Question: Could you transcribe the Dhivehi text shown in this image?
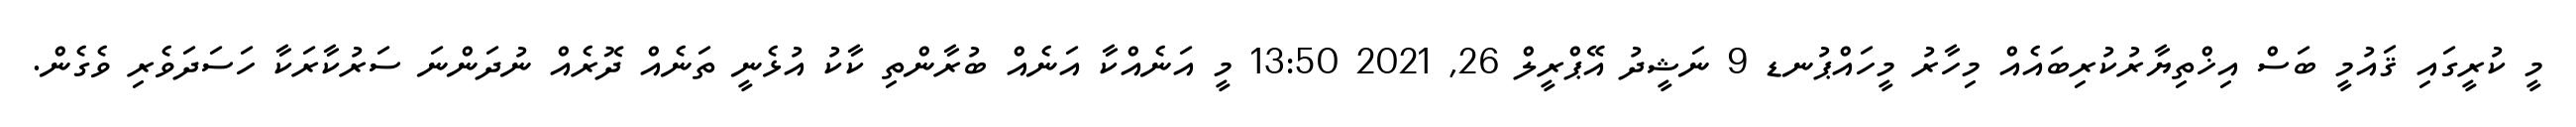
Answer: މީ ކުރީގައި ޤައުމީ ބަސް އިޚްތިޔާރުކުރިބައެއް މިހާރު މީހައްޕުނޑ 9 ނަޝީދު އޭޕްރީލް 26, 2021 13:50 މީ އަނެއްކާ އަނެއް ބުރާންތި ކާކު އުޅެނީ ތަނެއް ދޮރެއް ނުދަންނަ ސަރުކާރަކާ ހަސަދަވެރި ވެގެން.